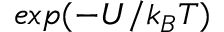
e x p ( - U / k _ { B } T )